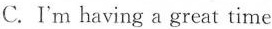
C.I'm having a great time